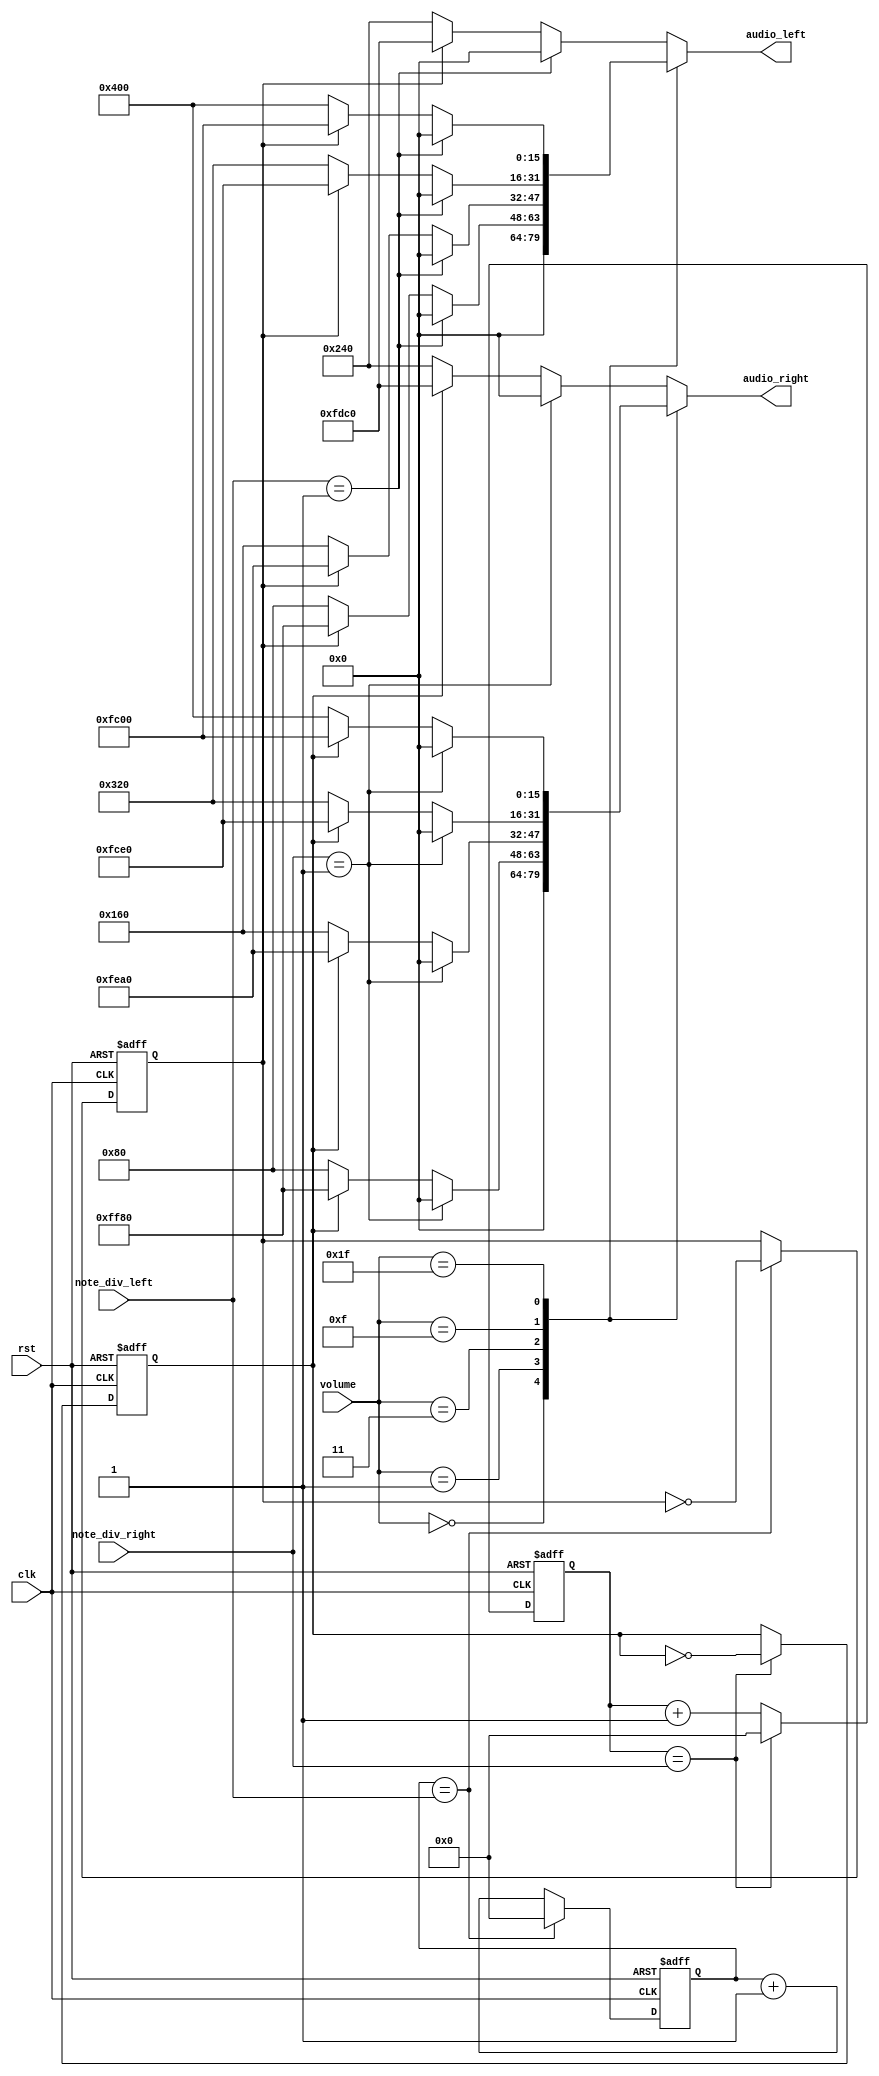
module note_gen(
    input clk, // clock from crystal
    input rst, // active high reset
    input [4:0] volume, 
    input [21:0] note_div_left, // div for note generation
    input [21:0] note_div_right,
    output reg [15:0] audio_left,
    output reg [15:0] audio_right
    );

    // Declare internal signals
    reg [21:0] clk_cnt_next, clk_cnt;
    reg [21:0] clk_cnt_next_2, clk_cnt_2;
    reg b_clk, b_clk_next;
    reg c_clk, c_clk_next;

    // Note frequency generation
    // clk_cnt, clk_cnt_2, b_clk, c_clk
    always @(posedge clk or posedge rst)
        if (rst == 1'b1)
            begin
                clk_cnt <= 22'd0;
                clk_cnt_2 <= 22'd0;
                b_clk <= 1'b0;
                c_clk <= 1'b0;
            end
        else
            begin
                clk_cnt <= clk_cnt_next;
                clk_cnt_2 <= clk_cnt_next_2;
                b_clk <= b_clk_next;
                c_clk <= c_clk_next;
            end
    
    // clk_cnt_next, b_clk_next
    always @*
        if (clk_cnt == note_div_left)
            begin
                clk_cnt_next = 22'd0;
                b_clk_next = ~b_clk;
            end
        else
            begin
                clk_cnt_next = clk_cnt + 1'b1;
                b_clk_next = b_clk;
            end

    // clk_cnt_next_2, c_clk_next
    always @*
        if (clk_cnt_2 == note_div_right)
            begin
                clk_cnt_next_2 = 22'd0;
                c_clk_next = ~c_clk;
            end
        else
            begin
                clk_cnt_next_2 = clk_cnt_2 + 1'b1;
                c_clk_next = c_clk;
            end

    // Assign the amplitude of the note
    // Volume is controlled here

    always @(*) begin//?
        case (volume)
            5'b00000:begin
                audio_left = (note_div_left == 22'd1) ? 16'h0000 : 
                                    (b_clk == 1'b0) ? 16'h0000 : 16'h0000;
                audio_right = (note_div_right == 22'd1) ? 16'h0000 : 
                                    (c_clk == 1'b0) ? 16'h0000 : 16'h0000;
            end
            5'b00001:begin
                audio_left = (note_div_left == 22'd1) ? 16'h0000 : 
                                    (b_clk == 1'b0) ? 16'h80 : -16'h80;
                audio_right = (note_div_right == 22'd1) ? 16'h0000 : 
                                    (c_clk == 1'b0) ? 16'h80 : -16'h80;
            end 
            5'b00011:begin
                audio_left = (note_div_left == 22'd1) ? 16'h0000 : 
                                    (b_clk == 1'b0) ? 16'h160 : -16'h160;
                audio_right = (note_div_right == 22'd1) ? 16'h0000 : 
                                    (c_clk == 1'b0) ? 16'h160 : -16'h160;
            end
            5'b00111:begin
                audio_left = (note_div_left == 22'd1) ? 16'h0000 : 
                                    (b_clk == 1'b0) ? 16'h240 : -16'h240;
                audio_right = (note_div_right == 22'd1) ? 16'h0000 : 
                                    (c_clk == 1'b0) ? 16'h240 : -16'h240;
            end
            5'b01111:begin
                audio_left = (note_div_left == 22'd1) ? 16'h0000 : 
                                    (b_clk == 1'b0) ? 16'h320 : -16'h320;
                audio_right = (note_div_right == 22'd1) ? 16'h0000 : 
                                    (c_clk == 1'b0) ? 16'h320 : -16'h320;
            end
            5'b11111:begin
                audio_left = (note_div_left == 22'd1) ? 16'h0000 : 
                                    (b_clk == 1'b0) ? 16'h400 : -16'h400;
                audio_right = (note_div_right == 22'd1) ? 16'h0000 : 
                                    (c_clk == 1'b0) ? 16'h400 : -16'h400;
            end
            default:begin
                audio_left = (note_div_left == 22'd1) ? 16'h0000 : 
                                    (b_clk == 1'b0) ? 16'h240 : -16'h240;
                audio_right = (note_div_right == 22'd1) ? 16'h0000 : 
                                    (c_clk == 1'b0) ? 16'h240 : -16'h240;
            end 
        endcase
    end
    

    /*assign audio_left = (note_div_left == 22'd1) ? 16'h0000 : 
                                (b_clk == 1'b0) ? 16'h200 : -16'h200;
    assign audio_right = (note_div_right == 22'd1) ? 16'h0000 : 
                                (c_clk == 1'b0) ? 16'h200 : -16'h200;*/
endmodule